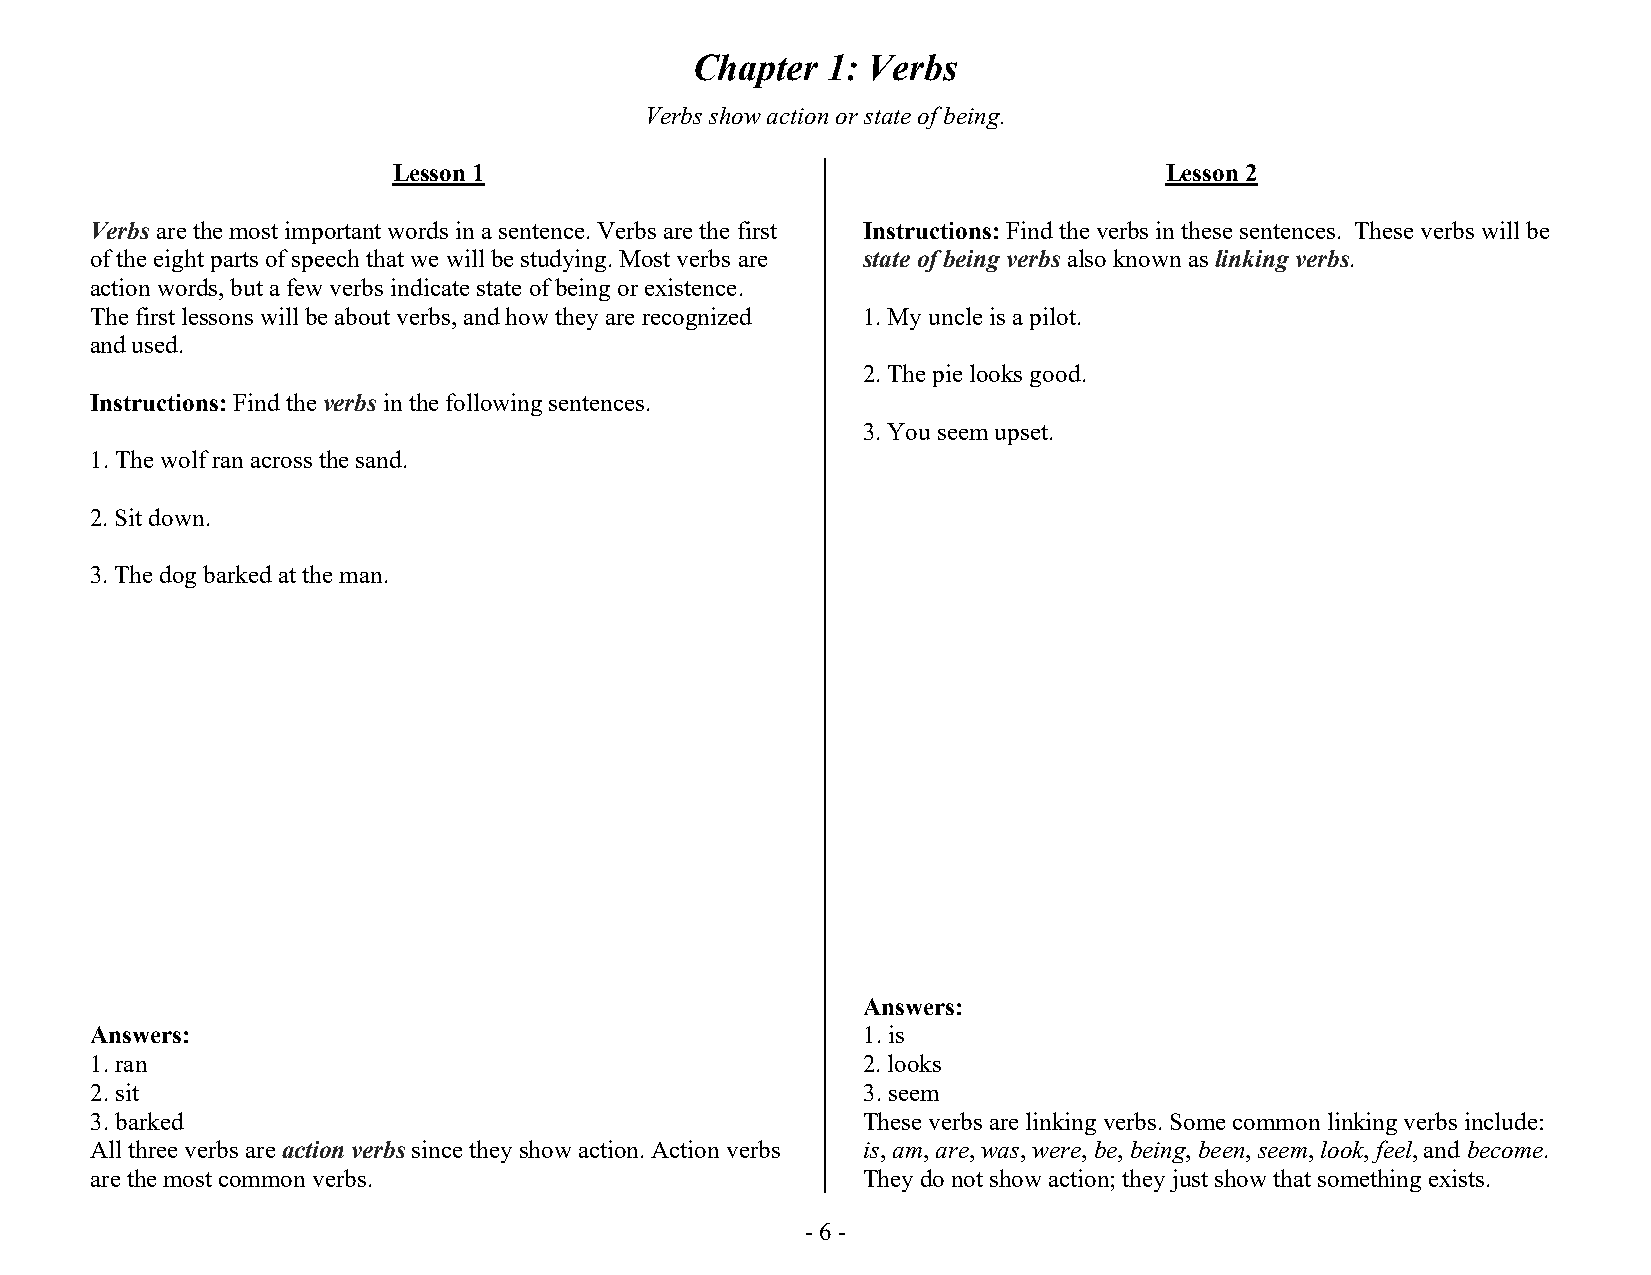
Chapter  1: Verbs
 Verbs show action or state of being.
 Lesson 1                                           Lesson 2
 Verbs are the most important words in a sentence. Verbs are the first Instructions: Find the verbs in these sentences. These verbs will be
 of the eight parts of speech that we will be studying. Most verbs are state of being verbs also known as linking verbs.
 action words, but a few verbs indicate state of being or existence.
 The first lessons will be about verbs, and how they are recognized 1. My uncle is a pilot.
 and used.
 2. The pie looks good.
 Instructions: Find the verbs in the following sentences.
 3. You seem upset.
 1. The wolf ran across the sand.
 2. Sit down.
 3. The dog barked at the man.
 Answers:
 Answers:                                           1. is
 1. ran                                             2. looks
 2. sit                                             3. seem
 3. barked                                          These verbs are linking verbs. Some common linking verbs include:
 All three verbs are action verbs since they show action. Action verbs is, am, are, was, were, be, being, been, seem, look, feel, and become.
 are the most common verbs.                         They do not show action; they just show that something exists.
 - 6 -